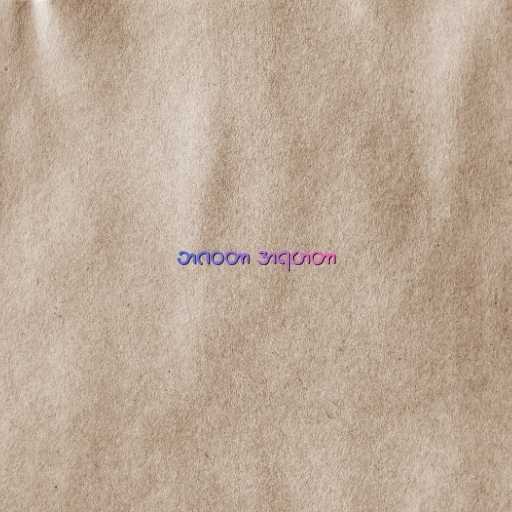
ဘဂဝတာ အရဟတာ